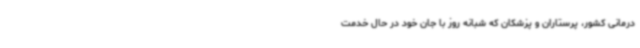
درمانی کشور، پرستاران و پزشکان که شبانه روز با جان خود در حال خدمت